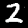
Digit: 2